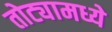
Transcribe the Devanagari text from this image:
तोट्यामध्ये